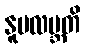
နူပလဗ္ဘတိ